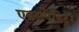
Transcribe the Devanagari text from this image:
एक्सपेडिटर